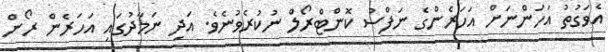
އެވަގުތު އަހަންނަށް އަހަރެންގެ ނަފްސު ކޮންޓްރޯލް ނުކުރެވުނެވެ. އަދި ނަމާދުގައި އަހަރެން ރޯން